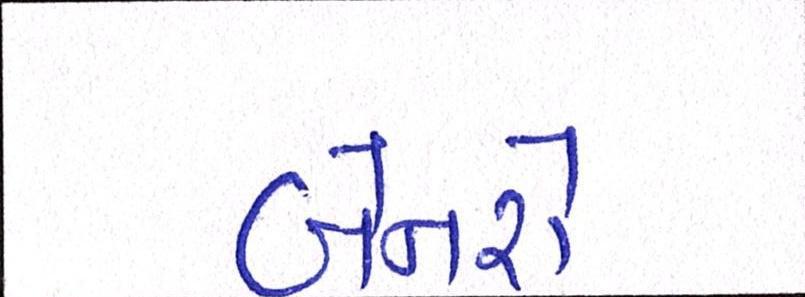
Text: બેનરો